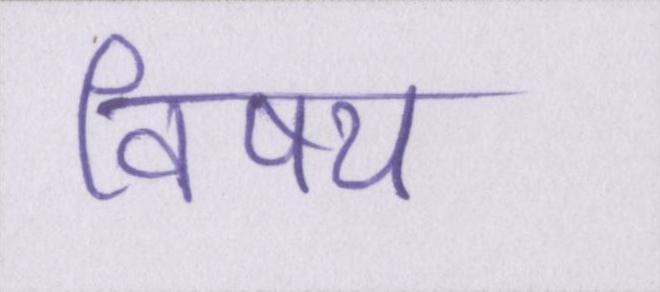
विषय